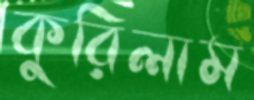
কুরিলাম